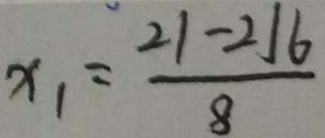
x _ { 1 } = \frac { 2 1 - 2 1 6 } { 8 }